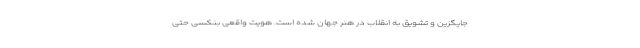
جایگزین و تشویق به انقلاب در هنر جهان شده است. هویت واقعی بنکسی حتی